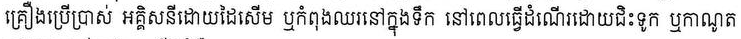
គ្រឿងប្រើប្រាស់ អគ្គិសនីដោយដៃសើម ឬកំពុងនៅក្នុងទឹក នៅពេលធ្វើដំណើរដោយជិះទូក ឬកាណូត